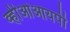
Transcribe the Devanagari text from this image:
व्हीओआयपी